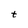
Character: t